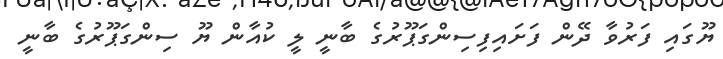
ޔޫގައި ފަރުވާ ދޭން ފަށައިފިސިންގަޕޫރުގެ ބާނީ ލީ ކުއާން ޔޫ ސިންގަޕޫރުގެ ބާނީ